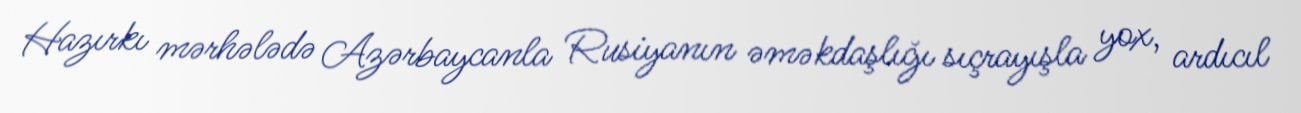
Hazırkı mərhələdə Azərbaycanla Rusiyanın əməkdaşlığı sıçrayışla yox, ardıcıl